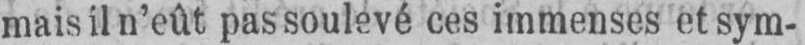
mais il n’eût pas soulevé ces immenses et sym-